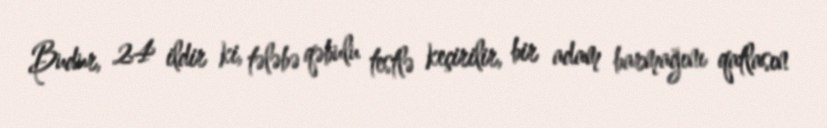
Budur, 24 ildir ki, tələbə qəbulu testlə keçirilir, bir adam barmağını qatlasın